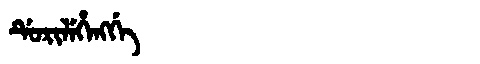
Manchu: ᡩᡠᡵᡳᠯᡝᡥᡝᠩᡤᡝ
Romanization: DURILEHENGGE